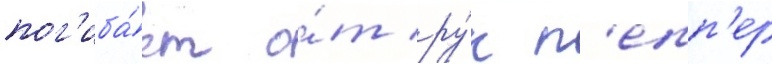
пог'иба́ет о́т ру́к п'епп'ер